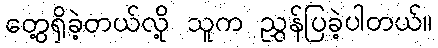
တွေ့ရှိခဲ့တယ်လို့ သူက ညွှန်ပြခဲ့ပါတယ်။